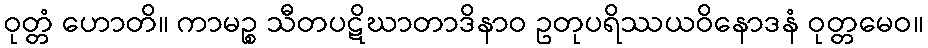
ဝုတ္တံ ဟောတိ။ ကာမဉ္စ သီတပဋိဃာတာဒိနာဝ ဥတုပရိဿယဝိနောဒနံ ဝုတ္တမေဝ။